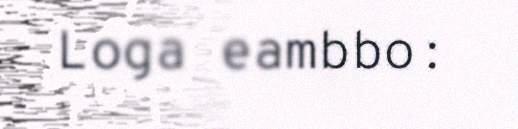
Loga eambbo: